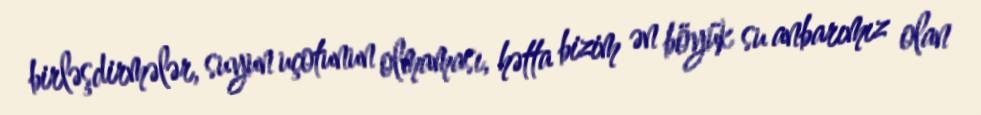
birləşdirmələr, suyun uçotunun olmaması, hətta bizim ən böyük su anbarımız olan